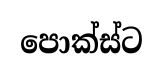
පොක්ස්ට